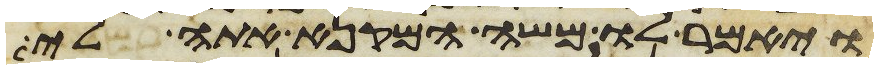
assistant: ויאמר לו משה המקנא אתה לי